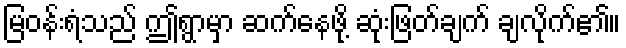
မြဝန်းရံသည် ဤရွာမှာ ဆက်နေဖို့ ဆုံးဖြတ်ချက် ချလိုက်၏။